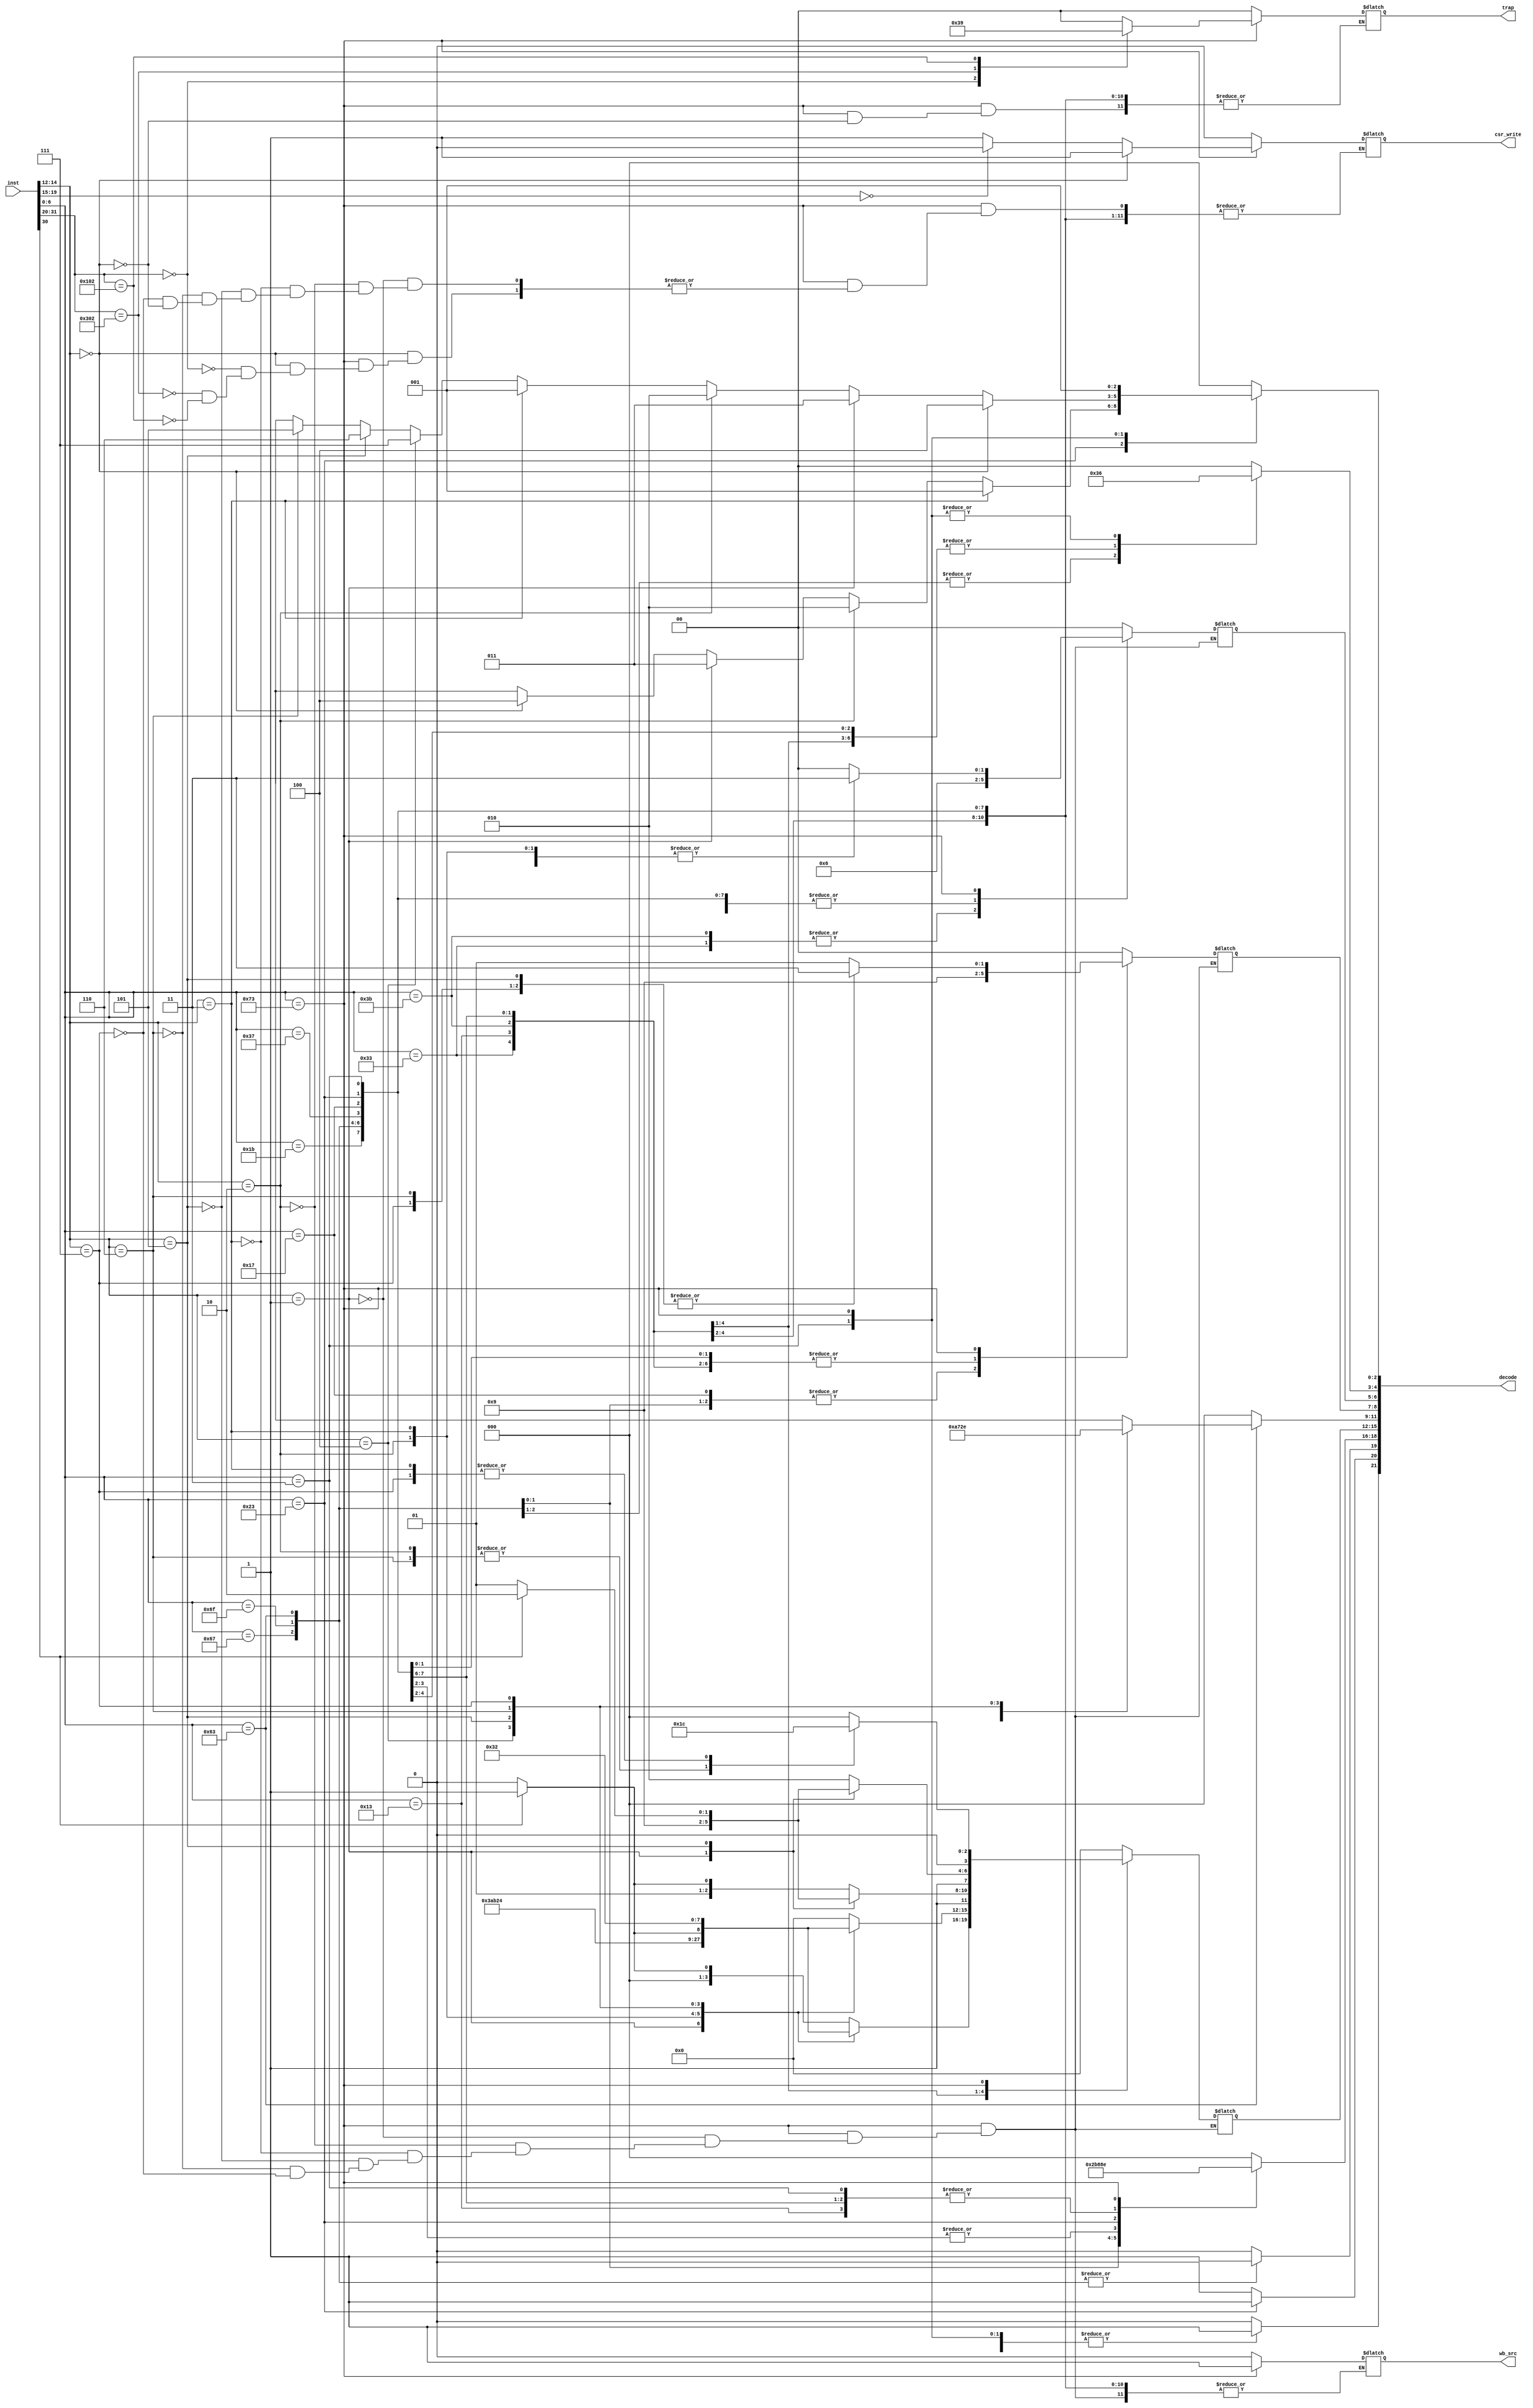
// Define Segment
`define MATHr 7'b0110011
`define MATHi 7'b0010011
`define MATHWi 7'b0011011
`define MATHWr 7'b0111011
`define JALr  7'b1100111
`define JAL   7'b1101111
`define BRANCH 7'b1100011
`define LUI   7'b0110111
`define AUIPC 7'b0010111
`define SW    7'b0100011
`define LW    7'b0000011
`define CSR   7'b1110011

`define ALU_ADD 4'b0000
`define ALU_SUB 4'b0001
`define ALU_AND 4'b0010
`define ALU_OR 4'b0011
`define ALU_XOR 4'b0100
`define ALU_SLT 4'b0101
`define ALU_SLTU 4'b0110
`define ALU_SLL 4'b0111
`define ALU_SRL 4'b1000
`define ALU_SRA 4'b1001
`define ALU_ADDW 4'b1010
`define ALU_SUBW 4'b1011
`define ALU_SLLW 4'b1100
`define ALU_SRLW 4'b1101
`define ALU_SRAW 4'b1110
// End Define

module Inst_Controller (
    input [31:0] inst,
    output [21:0] decode,
    output reg csr_write,
    output reg [1:0] trap,
    output reg wb_src
);

    reg we_reg, npl_sel, we_mem;
    reg [1:0] alu_asel, alu_bsel, wb_sel;
    reg [3:0] alu_op;
    reg [2:0] immgen_op, bralu_op, memdata_width;

    wire [6:0] opcode = inst[6:0];
    wire [2:0] funct3 = inst[14:12];
    wire funct7_5 = inst[30];
    wire [4:0] rs1 = inst[19:15];
    initial begin
        we_mem = 0;
        we_reg = 0;
        npl_sel = 0;
        alu_asel = 0;
        alu_bsel = 0;
        wb_sel = 0;
        alu_op = 0;
        immgen_op = 0;
        bralu_op = 0;
        memdata_width = 0;
        csr_write = 0;
        trap = 0;
        wb_src = 0;
    end
    always @(*) begin
        case (opcode) 
            `MATHr: begin
                we_reg = 1;
                npl_sel = 0;
                we_mem = 0;
                immgen_op = 0;
                case (funct3)
                    3'b000: alu_op = funct7_5 == 0 ? `ALU_ADD : `ALU_SUB;
                    3'b001: alu_op = `ALU_SLL;
                    3'b010: alu_op = `ALU_SLT;
                    3'b011: alu_op = `ALU_SLTU;
                    3'b100: alu_op = `ALU_XOR;
                    3'b101: alu_op = funct7_5 == 0 ? `ALU_SRL : `ALU_SRA;
                    3'b110: alu_op = `ALU_OR;
                    3'b111: alu_op = `ALU_AND;
                    default: alu_op = 4'bx;
                endcase
                bralu_op = 0;
                alu_asel = 2'b01;
                alu_bsel = 2'b01;
                wb_sel = 2'b01;
                memdata_width = 3'b0;
            end
            `MATHi: begin
                we_reg = 1;
                npl_sel = 0;
                we_mem = 0;
                immgen_op = 3'b001;
                case (funct3)
                    3'b000: alu_op = `ALU_ADD;
                    3'b001: alu_op = `ALU_SLL;
                    3'b010: alu_op = `ALU_SLT;
                    3'b011: alu_op = `ALU_SLTU;
                    3'b100: alu_op = `ALU_XOR;
                    3'b101: alu_op = funct7_5 == 0 ? `ALU_SRL : `ALU_SRA;
                    3'b110: alu_op = `ALU_OR;
                    3'b111: alu_op = `ALU_AND;
                    default: alu_op = 4'bx;
                endcase
                bralu_op = 0;
                alu_asel = 2'b01;
                alu_bsel = 2'b10;
                wb_sel = 2'b01;
                memdata_width = 0;
            end
            `MATHWr: begin
                we_reg = 1;
                npl_sel = 0;
                we_mem = 0;
                immgen_op = 3'b000;
                case (funct3)
                    3'b000: alu_op = funct7_5 == 0 ? `ALU_ADDW : `ALU_SUBW;
                    3'b001: alu_op = `ALU_SLLW;
                    3'b101: alu_op = funct7_5 == 0 ? `ALU_SRLW : `ALU_SRAW;
                    default: alu_op = 4'bx;
                endcase
                bralu_op = 0;
                alu_asel = 2'b01;
                alu_bsel = 2'b01;
                wb_sel = 2'b01;
                memdata_width = 0;
            end
            `MATHWi: begin
                we_reg = 1;
                npl_sel = 0;
                we_mem = 0;
                immgen_op = 3'b001;
                case (funct3)
                    3'b000: alu_op = `ALU_ADDW;
                    3'b001: alu_op = `ALU_SLLW;
                    3'b101: alu_op = funct7_5 == 0 ? `ALU_SRLW : `ALU_SRAW;
                    default: alu_op = 4'bx;
                endcase
                bralu_op = 0;
                alu_asel = 2'b01;
                alu_bsel = 2'b10;
                wb_sel = 2'b01;
                memdata_width = 0;
            end
            `JALr: begin
                we_reg = 1;
                npl_sel = 1;
                we_mem = 0;
                immgen_op = 3'b001;
                alu_op = `ALU_ADD;
                bralu_op = 0;
                alu_asel = 2'b01;
                alu_bsel = 2'b10;
                wb_sel = 2'b11;
                memdata_width = 0;
            end
            `JAL: begin
                we_reg = 1;
                npl_sel = 1;
                we_mem = 0;
                immgen_op = 3'b101;
                alu_op = `ALU_ADD;
                bralu_op = 0;
                alu_asel = 2'b10;
                alu_bsel = 2'b10;
                wb_sel = 2'b11;
                memdata_width = 0;
            end
            `BRANCH: begin
                we_reg = 0;
                npl_sel = 1;
                we_mem = 0;
                immgen_op = 3'b011;
                alu_op = `ALU_ADD;
                case (funct3)
                    3'b000: bralu_op = 3'b001;
                    3'b001: bralu_op = 3'b010;
                    3'b100: bralu_op = 3'b011;
                    3'b101: bralu_op = 3'b100;
                    3'b110: bralu_op = 3'b101;
                    3'b111: bralu_op = 3'b110;
                    default: bralu_op = 3'bx;
                endcase
                alu_asel = 2'b10;
                alu_bsel = 2'b10;
                wb_sel = 2'b01;
                memdata_width = 0;
            end
            `LUI: begin
                we_reg = 1;
                npl_sel = 0;
                we_mem = 0;
                immgen_op = 3'b100;
                alu_op = `ALU_ADD;
                bralu_op = 0;
                alu_asel = 2'b00;
                alu_bsel = 2'b10;
                wb_sel = 2'b01;
                memdata_width = 0;
            end
            `AUIPC: begin
                we_reg = 1;
                npl_sel = 0;
                we_mem = 0;
                immgen_op = 3'b100;
                alu_op = `ALU_ADD;
                bralu_op = 0;
                alu_asel = 2'b10;
                alu_bsel = 2'b10;
                wb_sel = 2'b01;
                memdata_width = 0;
            end
            `SW: begin
                we_reg = 0;
                npl_sel = 0;
                we_mem = 1;
                immgen_op = 3'b010;
                alu_op = `ALU_ADD;
                bralu_op = 0;
                alu_asel = 2'b01;
                alu_bsel = 2'b10;
                wb_sel = 2'b00;
                memdata_width = funct3 == 3'b011 ? 3'b001 :
                                funct3 == 3'b010 ? 3'b010 :
                                funct3 == 3'b001 ? 3'b011 :
                                funct3 == 3'b000 ? 3'b100 :
                                3'bx;
            end
            `LW: begin
                we_reg = 1;
                npl_sel = 0;
                we_mem = 0;
                immgen_op = 3'b001;
                alu_op = `ALU_ADD;
                bralu_op = 0;
                alu_asel = 2'b01;
                alu_bsel = 2'b10;
                wb_sel = 2'b10;
                memdata_width = funct3 == 3'b000 ? 3'b100 :
                                funct3 == 3'b001 ? 3'b011 :
                                funct3 == 3'b010 ? 3'b010 :
                                funct3 == 3'b011 ? 3'b001 :
                                funct3 == 3'b100 ? 3'b111 :
                                funct3 == 3'b101 ? 3'b110 :
                                funct3 == 3'b110 ? 3'b101 :
                                3'bx;
            end
            `CSR: begin
                we_reg = 1;
                npl_sel = 0;
                we_mem = 0;
                immgen_op = 3'b110;
                case(funct3) 
                    3'b001: begin
                        alu_op = `ALU_ADD;
                        alu_asel = 2'b01;
                        alu_bsel = 2'b0;
                        wb_src = 1;
                        csr_write = rs1 == 5'b0 ? 0 : 1;
                    end
                    3'b010: begin
                        alu_op = `ALU_OR;
                        alu_asel = 2'b01;
                        alu_bsel = 2'b11;
                        wb_src = 1;
                        csr_write = rs1 == 5'b0 ? 0 : 1;
                    end
                    3'b011: begin
                        alu_op = `ALU_XOR;
                        alu_asel = 2'b01;
                        alu_bsel = 2'b11;
                        wb_src = 1;
                        csr_write = rs1 == 5'b0 ? 0 : 1;
                    end
                    3'b101: begin
                        alu_op = `ALU_ADD;
                        alu_asel = 2'b11;
                        wb_src = 1;
                        alu_bsel = 2'b0;
                        csr_write = rs1 == 5'b0 ? 0 : 1;
                    end
                    3'b110: begin
                        alu_op = `ALU_OR;
                        alu_asel = 2'b11;
                        wb_src = 1;
                        alu_bsel = 2'b11;
                        csr_write = rs1 == 5'b0 ? 0 : 1;
                    end
                    3'b111: begin
                        alu_op = `ALU_XOR;
                        alu_asel = 2'b11;
                        wb_src = 1;
                        alu_bsel = 2'b11;
                        csr_write = rs1 == 5'b0 ? 0 : 1;
                    end
                    3'b000: begin
                        case (inst[31:20]) 
                            12'b000000000000: begin
                                trap = 2'b11; 
                                //csr_read_addr = 12'h305;
                                csr_write = 1;
                            end
                            12'b001100000010: begin
                                trap = 2'b10;
                                //csr_read_addr = 12'h341;  
                                csr_write = 1;
                            end
                            12'b000100000010: begin
                                trap = 2'b01;
                                csr_write = 1;
                                //csr_read_addr = 12'h141;  
                            end
                            default: begin
                                trap = 2'b00;
                                //csr_read_addr = 12'h305;
                            end
                        endcase
                    end
                    default: begin
                        
                    end
                endcase
                bralu_op = 0;
                wb_sel = 2'b10;
                memdata_width = 3'b001;
            end
            default: begin
                we_mem = 0;
                we_reg = 0;
                npl_sel = 0;
                alu_asel = 0;
                alu_bsel = 0;
                wb_sel = 0;
                alu_op = 0;
                immgen_op = 0;
                bralu_op = 0;
                memdata_width = 0;
                csr_write = 0;
                trap = 0;
                wb_src = 0;
            end
        endcase
    end
    assign decode = { we_reg, we_mem, npl_sel, immgen_op, alu_op, bralu_op, alu_asel, alu_bsel, wb_sel, memdata_width };
endmodule